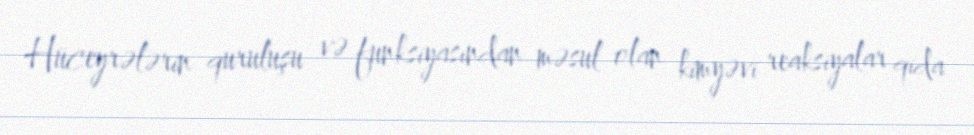
Hüceyrələrin quruluşu və funksiyasından məsul olan kimyəvi reaksiyalar qida